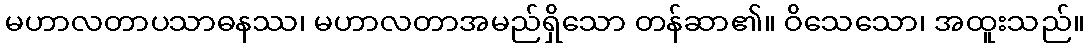
မဟာလတာပသာဓနဿ၊ မဟာလတာအမည်ရှိသော တန်ဆာ၏။ ဝိသေသော၊ အထူးသည်။